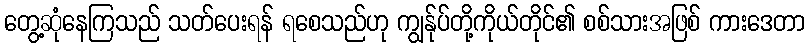
တွေ့ဆုံနေကြသည် သတ်ပေးရန် ရစေသည်ဟု ကျွန်ုပ်တို့ကိုယ်တိုင်၏ စစ်သားအဖြစ် ကားဒေတာ